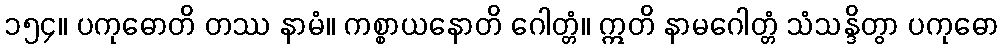
၁၅၄။ ပကုဓောတိ တဿ နာမံ။ ကစ္စာယနောတိ ဂေါတ္တံ။ ဣတိ နာမဂေါတ္တံ သံသန္ဒိတွာ ပကုဓော